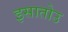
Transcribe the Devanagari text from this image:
इसातोउ